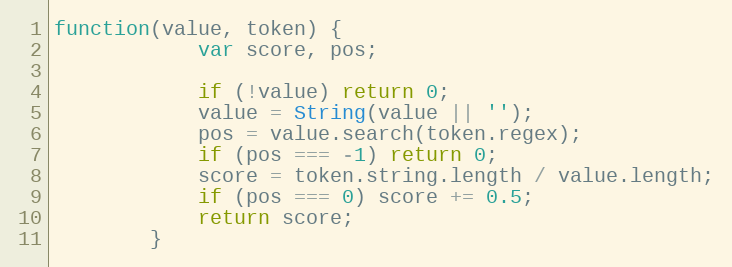
Language: JavaScript
function(value, token) {
			var score, pos;

			if (!value) return 0;
			value = String(value || '');
			pos = value.search(token.regex);
			if (pos === -1) return 0;
			score = token.string.length / value.length;
			if (pos === 0) score += 0.5;
			return score;
		}